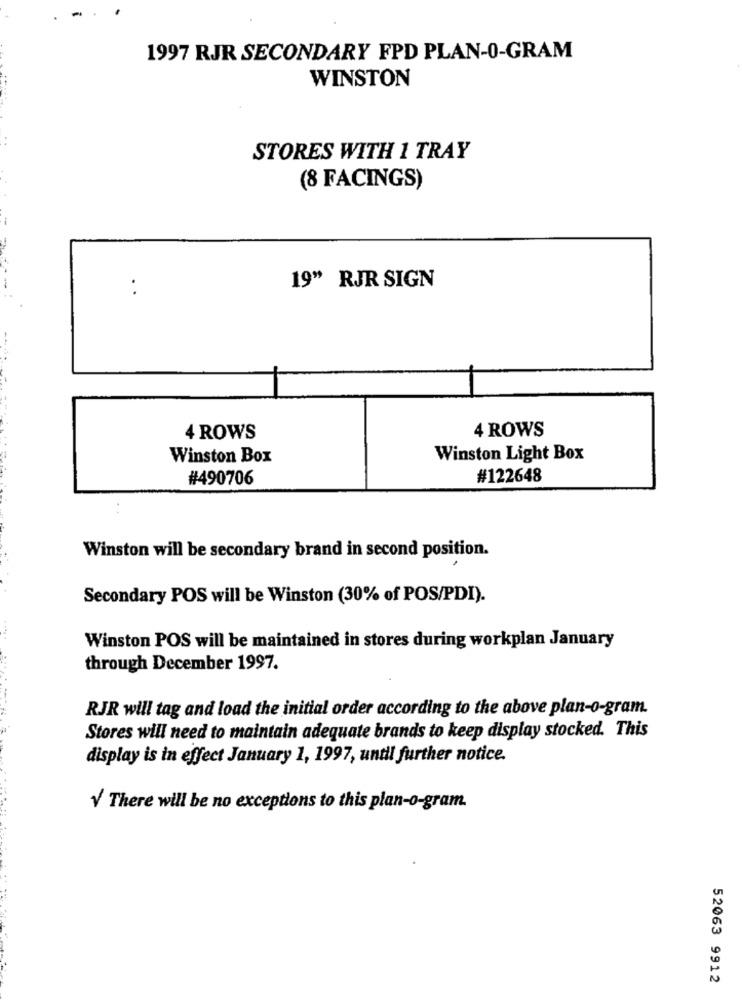
1997 RJR SECONDARY FPD PLAN-0-GRAM
WINSTON
..
STORES WITH 1 TRAY
(8 FACINGS)
:
19" RJR SIGN
4 ROWS
4 ROWS
Winston Box
Winston Light Box
#490706
#122648
Winston will be secondary brand in second position.
Secondary POS will be Winston (30% of POS/PDI).
Winston POS will be maintained in stores during workplan January
through December 1997.
RJR will tag and load the initial order according to the above plan-o-gram.
Stores will need to maintain adequate brands to keep display stocked. This
display is in effect January 1, 1997, until further notice.
V There will be no exceptions to this plan-o-gram.
52063 9912